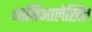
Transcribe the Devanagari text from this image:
ध्वनिआलेखित